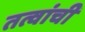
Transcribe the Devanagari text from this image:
तत्वांची